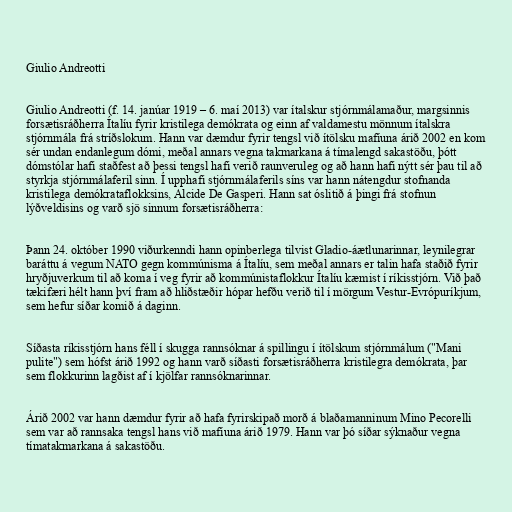
Giulio Andreotti

Giulio Andreotti (f. 14. janúar 1919 – 6. maí 2013) var ítalskur stjórnmálamaður, margsinnis
forsætisráðherra Ítalíu fyrir kristilega demókrata og einn af valdamestu mönnum ítalskra
stjórnmála frá stríðslokum. Hann var dæmdur fyrir tengsl við ítölsku mafíuna árið 2002 en kom
sér undan endanlegum dómi, meðal annars vegna takmarkana á tímalengd sakastöðu, þótt
dómstólar hafi staðfest að þessi tengsl hafi verið raunveruleg og að hann hafi nýtt sér þau til að
styrkja stjórnmálaferil sinn. Í upphafi stjórnmálaferils síns var hann nátengdur stofnanda
kristilega demókrataflokksins, Alcide De Gasperi. Hann sat óslitið á þingi frá stofnun
lýðveldisins og varð sjö sinnum forsætisráðherra:

Þann 24. október 1990 viðurkenndi hann opinberlega tilvist Gladio-áætlunarinnar, leynilegrar
baráttu á vegum NATO gegn kommúnisma á Ítalíu, sem meðal annars er talin hafa staðið fyrir
hryðjuverkum til að koma í veg fyrir að kommúnistaflokkur Ítalíu kæmist í ríkisstjórn. Við það
tækifæri hélt hann því fram að hliðstæðir hópar hefðu verið til í mörgum Vestur-Evrópuríkjum,
sem hefur síðar komið á daginn.

Síðasta ríkisstjórn hans féll í skugga rannsóknar á spillingu í ítölskum stjórnmálum ("Mani
pulite") sem hófst árið 1992 og hann varð síðasti forsætisráðherra kristilegra demókrata, þar
sem flokkurinn lagðist af í kjölfar rannsóknarinnar.

Árið 2002 var hann dæmdur fyrir að hafa fyrirskipað morð á blaðamanninum Mino Pecorelli
sem var að rannsaka tengsl hans við mafíuna árið 1979. Hann var þó síðar sýknaður vegna
tímatakmarkana á sakastöðu.